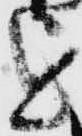
を